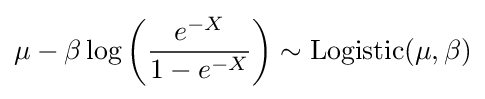
\mu -\beta \log \left({\frac {e^{-X}}{1-e^{-X}}}\right)\sim \operatorname {Logistic} (\mu ,\beta )